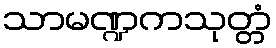
သာမဏ္ဍကသုတ္တံ